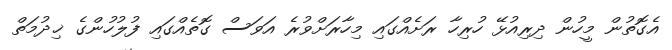
އެގޮތުން މީހުން ދިރިއުޅޭ ހުރިހާ ރަށެއްގައި މިހާރަށްވުރެ އަވަސް ގޮތެއްގައި ފުލުހުންގެ ޚިދުމަތް